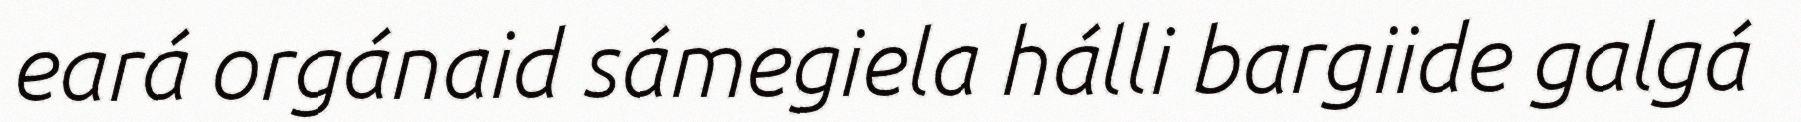
eará orgánaid sámegiela hálli bargiide galgá